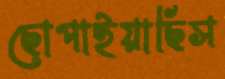
ছোপাইয়াছিস